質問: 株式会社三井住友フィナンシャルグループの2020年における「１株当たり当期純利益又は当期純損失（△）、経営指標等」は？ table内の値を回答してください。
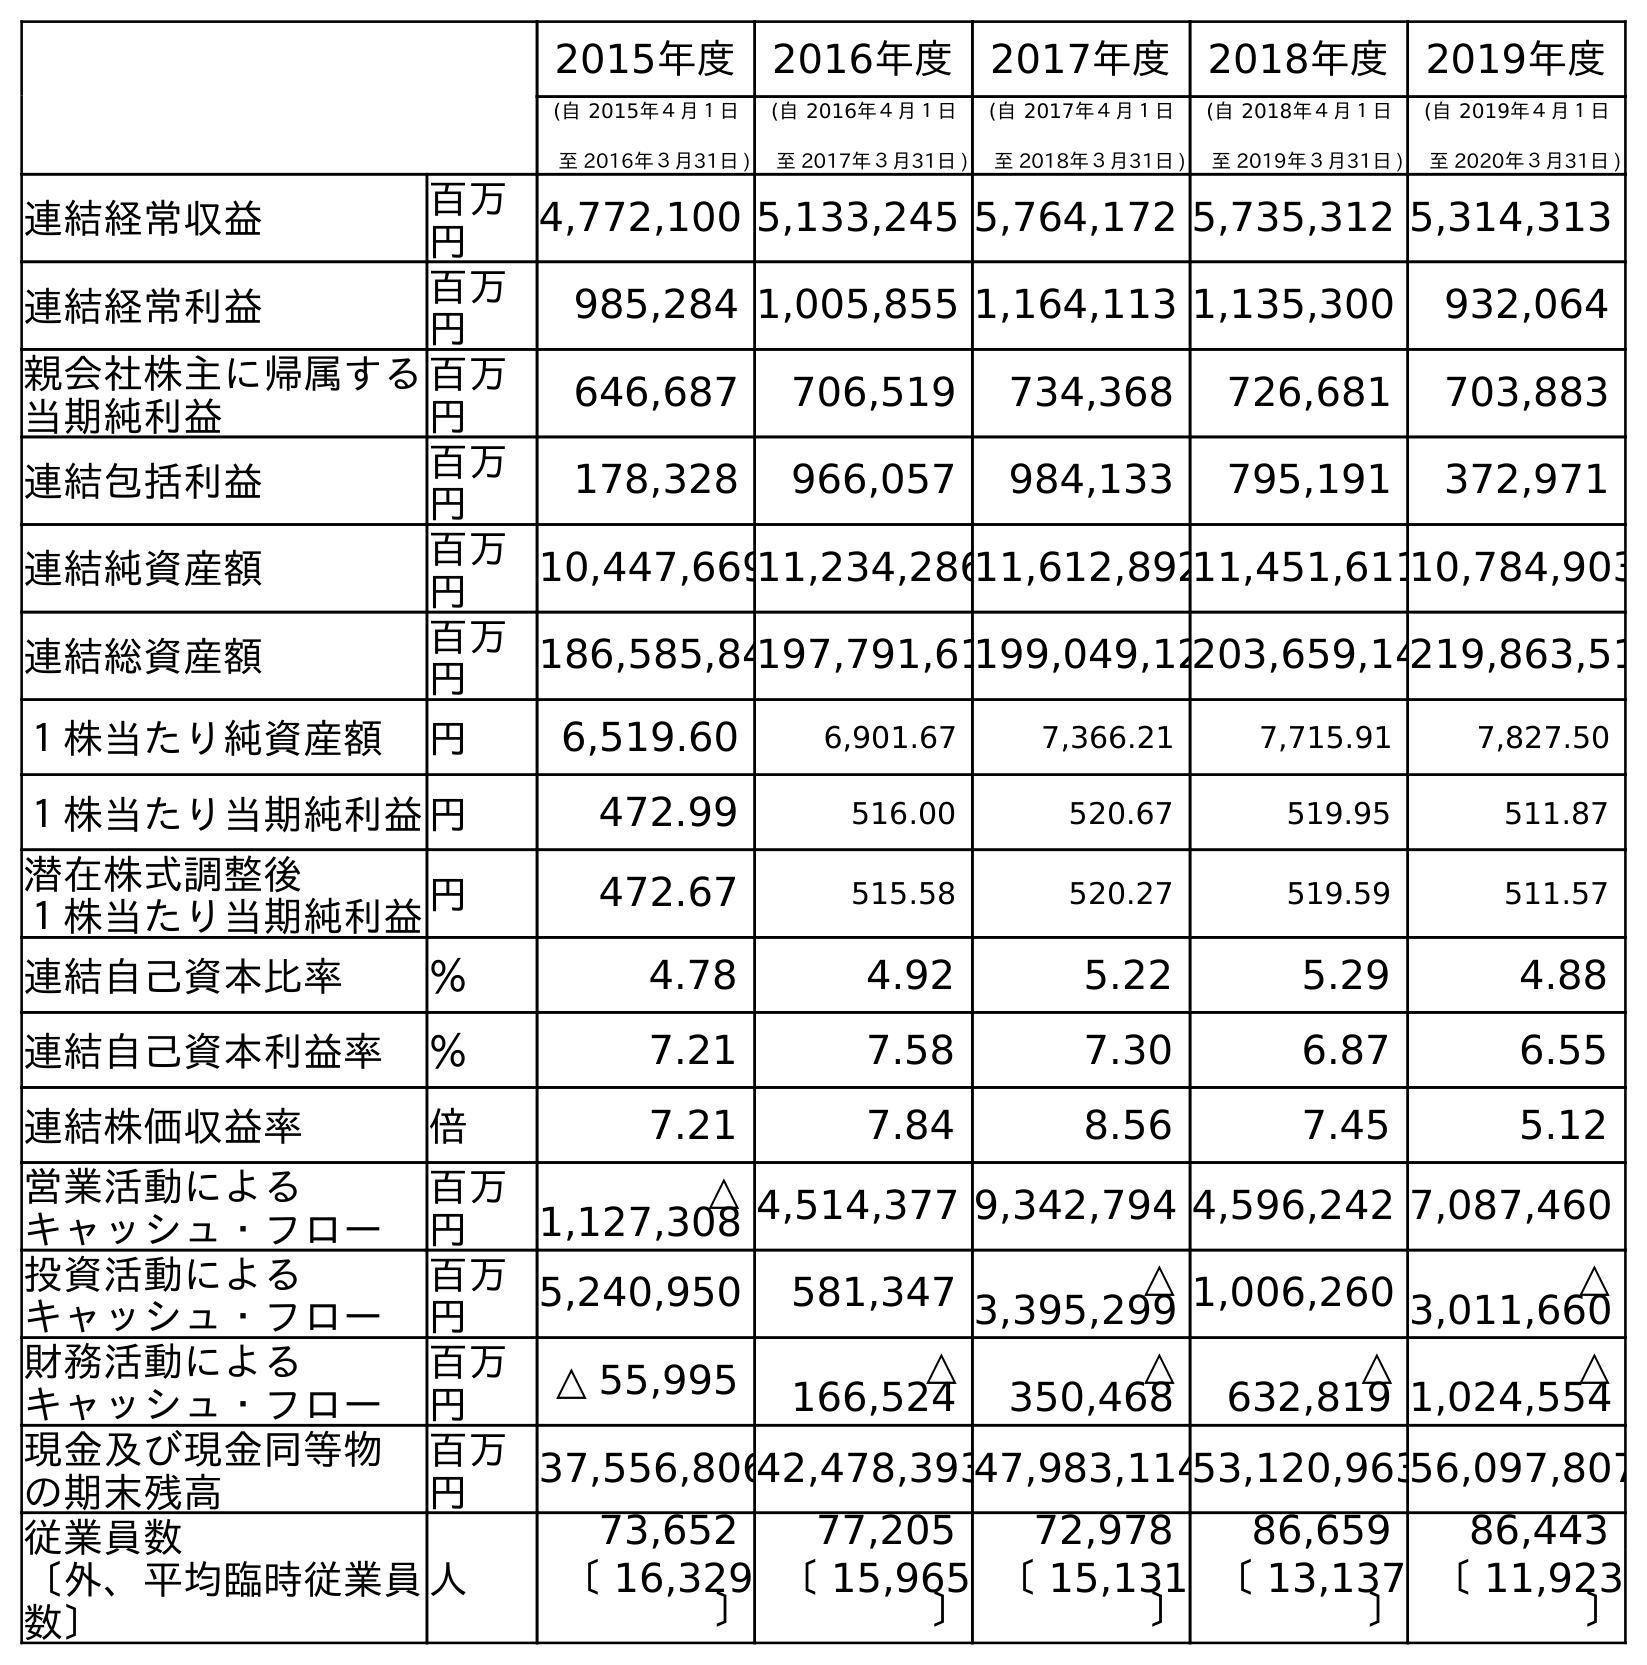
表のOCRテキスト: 2015年度 2016年度 2017年度 2018年度 2019年度 (自 2015年４月１日 至 2016年３月31日 ) (自 2016年４月１日 至 2017年３月31日 ) (自 2017年４月１日 至 2018年３月31日 ) (自 2018年４月１日 至 2019年３月31日 ) (自 2019年４月１日 至 2020年３月31日 ) 連結経常収益 百万 円 4,772,100 5,133,245 5,764,172 5,735,312 5,314,313 連結経常利益 百万 円 985,284 1,005,855 1,164,113 1,135,300 932,064 親会社株主に帰属する 当期純利益 百万 円 646,687 706,519 734,368 726,681 703,883 連結包括利益 百万 円 178,328 966,057 984,133 795,191 372,971 連結純資産額 百万 円 10,447,66911,234,28611,612,89211,451,61110,784,903 連結総資産額 百万 円 186,585,84197,791,61199,049,12203,659,14219,863,51 １株当たり純資産額 円 6,519.60 6,901.67 7,366.21 7,715.91 7,827.50 １株当たり当期純利益円 472.99 516.00 520.67 519.95 511.87 潜在株式調整後 １株当たり当期純利益円 472.67 515.58 520.27 519.59 511.57 連結自己資本比率 ％ 4.78 4.92 5.22 5.29 4.88 連結自己資本利益率 ％ 7.21 7.58 7.30 6.87 6.55 連結株価収益率 倍 7.21 7.84 8.56 7.45 5.12 営業活動による キャッシュ・フロー 百万 円 △ 1,127,308 4,514,377 9,342,794 4,596,242 7,087,460 投資活動による キャッシュ・フロー 百万 円 5,240,950 581,347 △ 3,395,299 1,006,260 △ 3,011,660 財務活動による キャッシュ・フロー 百万 円 △ 55,995 △ 166,524 △ 350,468 △ 632,819 △ 1,024,554 現金及び現金同等物 の期末残高 百万 円 37,556,80642,478,39347,983,11453,120,96356,097,807 従業員数 〔外、平均臨時従業員 数〕 人 73,652 77,205 72,978 86,659 86,443 〔 16,329 〕 〔 15,965 〕 〔 15,131 〕 〔 13,137 〕 〔 11,923 〕
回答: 511.87